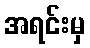
အရင်းမှ